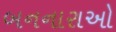
બનનારાઓ